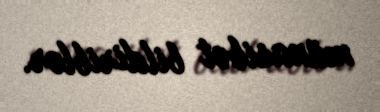
münasibət bildiriblər.